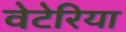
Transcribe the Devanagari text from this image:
वेटेरिया